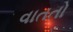
વાતતો